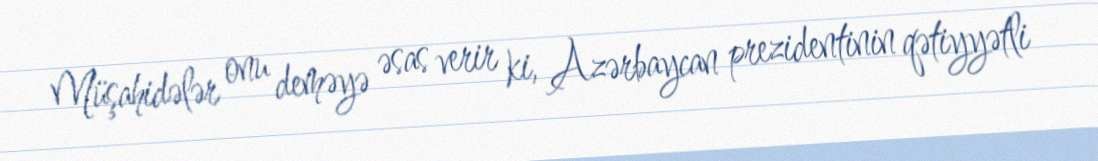
Müşahidələr onu deməyə əsas verir ki, Azərbaycan prezidentinin qətiyyətli